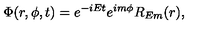
\Phi ( r , \phi , t ) = e ^ { - i E t } e ^ { i m \phi } R _ { E m } ( r ) ,